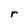
Character: r